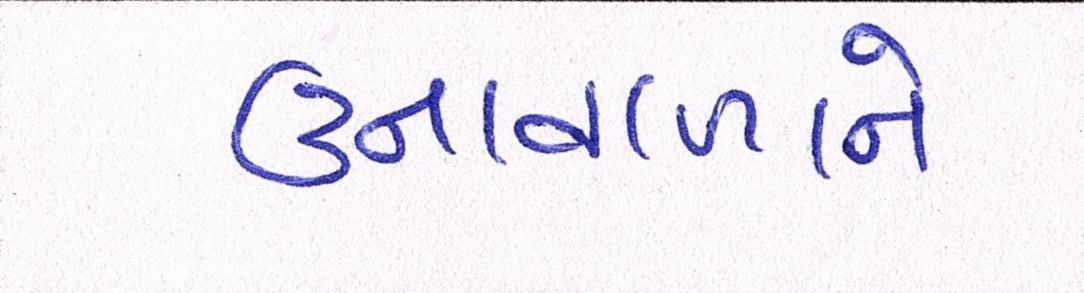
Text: ઉનાવાળાને